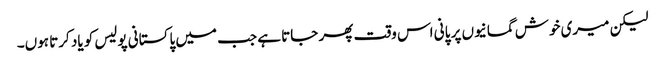
لیکن میری خوش گمانیوں پر پانی اس وقت پھر جاتا ہے جب میں پاکستانی پولیس کو یاد کرتا ہوں۔